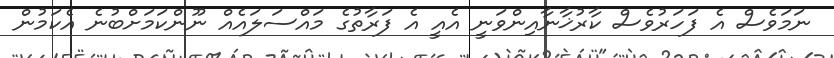
ނަމަވެސް އެ ފަހަރުވެސް ކާރުޚާނާއިންވަނީ އެއީ އެ ފަރާތުގެ މައްސަލައެއް ނޫންކަމަށްބުނެ އެކަމުން